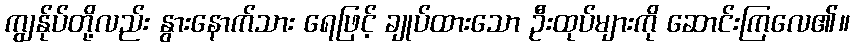
ကျွန်ုပ်တို့လည်း နွားနောက်သား ရေဖြင့် ချုပ်ထားသော ဦးထုပ်များကို ဆောင်းကြလေ၏။